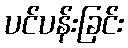
ပင်ပန်းခြင်း